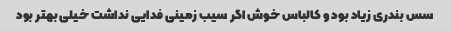
سس بندری زیاد بود و کالباس خوش اگر سیب زمینی فدایی نداشت خیلی بهتر بود